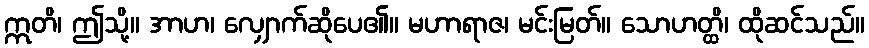
ဣတိ၊ ဤသို့။ အာဟ၊ လျှောက်ဆိုပေ၏။ မဟာရာဇ၊ မင်းမြတ်။ သောဟတ္ထိ၊ ထိုဆင်သည်။